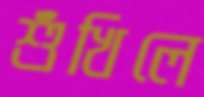
শুঁখিলে